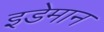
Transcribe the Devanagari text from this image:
इडेमान